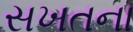
સખતના